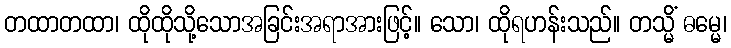
တထာတထာ၊ ထိုထိုသို့သောအခြင်းအရာအားဖြင့်။ သော၊ ထိုရဟန်းသည်။ တသ္မိံ ဓမ္မေ၊